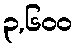
၃,၆၀၀